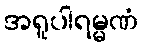
အရူပါရမ္မဏံ